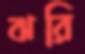
ঝরি